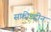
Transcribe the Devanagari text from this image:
सफ़ीउद्दीन